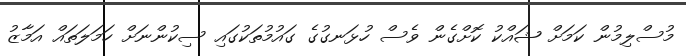
މުސްލިމުން ކަމަށް ޝައްކު ކޮށްގެން ވެސް ހުޅަނގުގެ ގައުމުތަކުގައި ސިކުންނަށް ހަމަލަތައް އަމާޒު